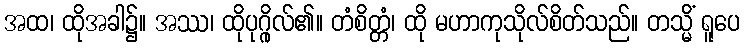
အထ၊ ထိုအခါ၌။ အဿ၊ ထိုပုဂ္ဂိုလ်၏။ တံစိတ္တံ၊ ထို မဟာကုသိုလ်စိတ်သည်။ တသ္မိံ ရူပေ